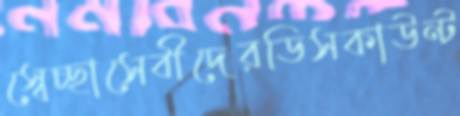
স্বেচ্ছাসেবীদেরডিসকাউন্ট